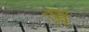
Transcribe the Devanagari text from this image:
परमिट